Vaccination in Bombay 1869-1873 - 1869-1873
Year: 1869
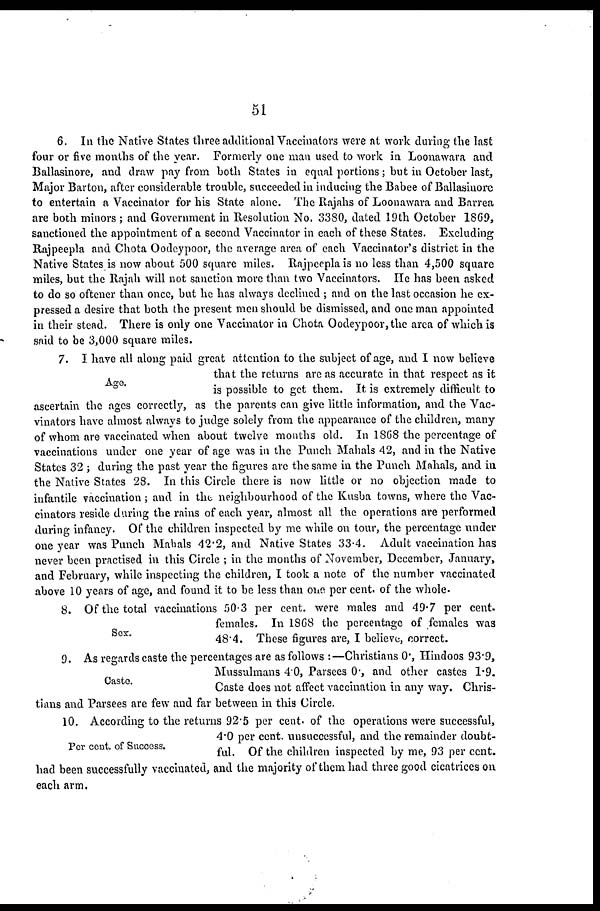
51
6. In the Native States three additional Vaccinators were at work during the last
four or five months of the year. Formerly one man used to work in Loonawara and
Ballasinore, and draw pay from both States in equal portions; but in October last,
Major Barton, after considerable trouble, succeeded in inducing the Babee of Ballasinore
to entertain a Vaccinator for his State alone. The Rajahs of Loonawara and Barrea
are both minors ; and Government in Resolution No. 3380, dated 19th October 1869,
sanctioned the appointment of a second Vaccinator in each of these States. Excluding
Rajpeepla and Chota Oodcypoor, the average area of each Vaccinator's district in the
Native States is now about 500 square miles. Rajpeepla is no less than 4,500 square
miles, but the Rajah will not sanction more than two Vaccinators. He has been asked
to do so oftener than once, but he has always declined ; and on the last occasion he ex-
pressed a desire that both the present men should be dismissed, and one man appointed
in their stead. There is only one Vaccinator in Chota Oodeypoor, the area of which is
said to be 3,000 square miles.
Age.
7. I have all along paid great attention to the subject of age, and I now believe
that the returns arc as accurate in that respect as it
is possible to get them. It is extremely difficult to
ascertain the ages correctly, as the parents can give little information, and the Vac-
vinators have almost always to judge solely from the appearance of the children, many
of whom are vaccinated when about twelve months old. In 1868 the percentage of
vaccinations under one year of age was in the Punch Mahals 42, and in the Native
States 32 ; during the past year the figures are the same in the Punch Mahals, and in
the Native States 28. In this Circle there is now little or no objection made to
infantile vaccination ; and in the neighbourhood of the Kusba towns, where the Vac-
cinators reside during the rains of each year, almost all the operations are performed
during infancy. Of the children inspected by me while on tour, the percentage under
one year was Punch Mabals 42.2, and Native States 33.4. Adult vaccination has
never been practised in this Circle ; in the months of November, December, January,
and February, while inspecting the children, I took a note of the number vaccinated
above 10 years of age, and found it to be less than one per cent. of the whole-
Sex.
8. Of the total vaccinations 50.3 per cent. were males and 49.7 per cent.
females. In 1868 the percentage of females was
48.4. These figures are, I believe, correct.
Caste.
9. As regards caste the percentages are as follows :—Christians 0, Hindoos 93.9,
Mussulmans 40, Parsees 0., and other castes 1.9.
Caste does not affect vaccination in any way. Chris-
tians and Parsees are few and far between in this Circle.
Per cent. of Success.
10. According to the returns 92.5 per cent. of the operations were successful,
4.0 per cent. unsuccessful, and the remainder doubt-
ful. Of the children inspected by me, 93 per cent.
had been successfully vaccinated, and the majority of them had three good cicatrices on
each arm.